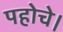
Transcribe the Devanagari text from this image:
पहोचे।